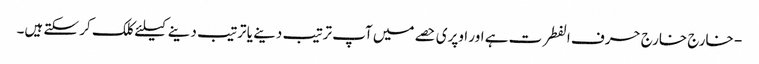
- خارج خارج حرف الفطرت ہے اور اوپری حصے میں آپ ترتیب دینے یا ترتیب دینے کیلئے کلک کر سکتے ہیں۔